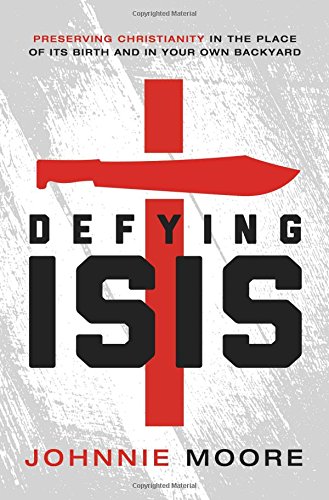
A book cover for Defying ISIS: Preserving Christianity in the Place of Its Birth and in Your Own Backyard; Johnnie Moore; Religion & Spirituality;